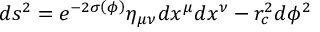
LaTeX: d s ^ { 2 } = e ^ { - 2 \sigma \left( \phi \right) } \eta _ { \mu \nu } d x ^ { \mu } d x ^ { \nu } - r _ { c } ^ { 2 } d \phi ^ { 2 }